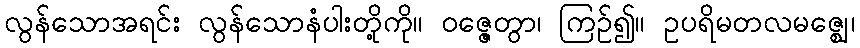
လွန်သောအရင်း လွန်သောနံပါးတို့ကို။ ဝဇ္ဇေတွာ၊ ကြဉ်၍။ ဥပရိမတလမဇ္ဈေ၊